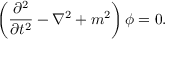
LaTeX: \left( { \frac { \partial ^ { 2 } } { \partial t ^ { 2 } } } - \nabla ^ { 2 } + m ^ { 2 } \right) \phi = 0 .